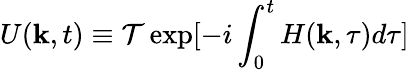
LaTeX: U(\mathbf{k},t)\equiv\mathcal{T}\exp[-i\int_{0}^{t}H(\mathbf{k},\tau)d\tau]